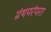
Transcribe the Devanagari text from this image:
ग्रंथपरंपरा